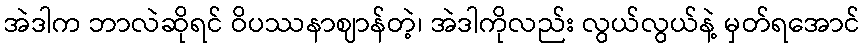
အဲဒါက ဘာလဲဆိုရင် ဝိပဿနာဈာန်တဲ့၊ အဲဒါကိုလည်း လွယ်လွယ်နဲ့ မှတ်ရအောင်